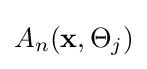
A_{n}(\mathbf {x} ,\Theta _{j})